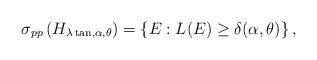
LaTeX: \begin{align*}\sigma_{p p}\left(H_{\lambda \tan, \alpha, \theta}\right)=\left\{E: L(E) \geq \delta(\alpha, \theta)\right\},\end{align*}